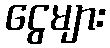
ငွေများ